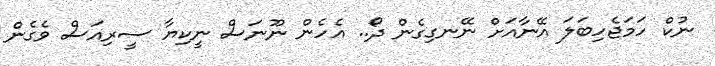
ނުކް ހަމަޖެހިބަލަ އޭނާއަށް ނޭނގިގެން ދޯ.. އެހެން ނޫނަސް ނީކިޔާ ސީރިއަސް ވެގެން